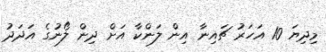
މިދިޔަ 10 އަހަރު ޗައިނާ އިން ލަންކާ އަށް ދިން ލޯނުގެ އަދަދު